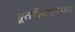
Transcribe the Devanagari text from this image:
मूर्तीस्वरूपात